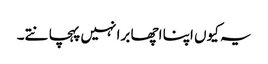
یہ کیوں اپنا اچھا برا نہیں پہچانتے۔